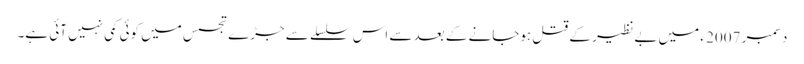
دسمبر 2007 ء میں بے نظیر کے قتل ہوجانے کے بعد سے اس سلسلے سے جڑے تجسس میں کوئی کمی نہیں آئی ہے۔